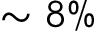
\sim 8 \%